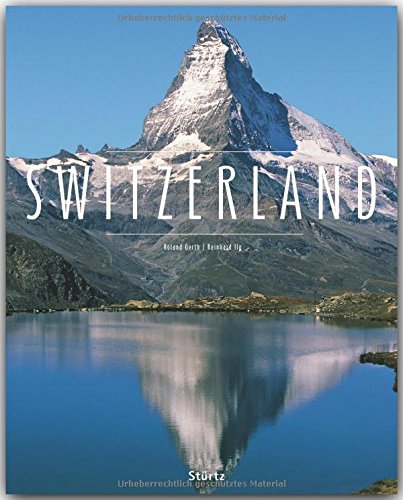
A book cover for Switzerland (Premium); Reinhard Ilg; Travel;